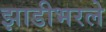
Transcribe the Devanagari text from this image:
झाडीभरले